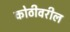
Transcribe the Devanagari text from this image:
कोठीवरील